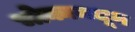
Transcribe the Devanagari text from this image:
भोकामधून